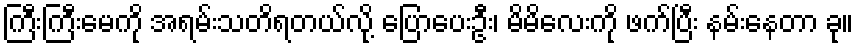
ကြီးကြီးမေကို အရမ်းသတိရတယ်လို့ ပြောပေးဦး၊ မိမိလေးကို ဖက်ပြီး နမ်းနေတာ ခု။